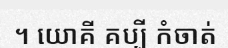
។ យោគី គប្បី កំចាត់